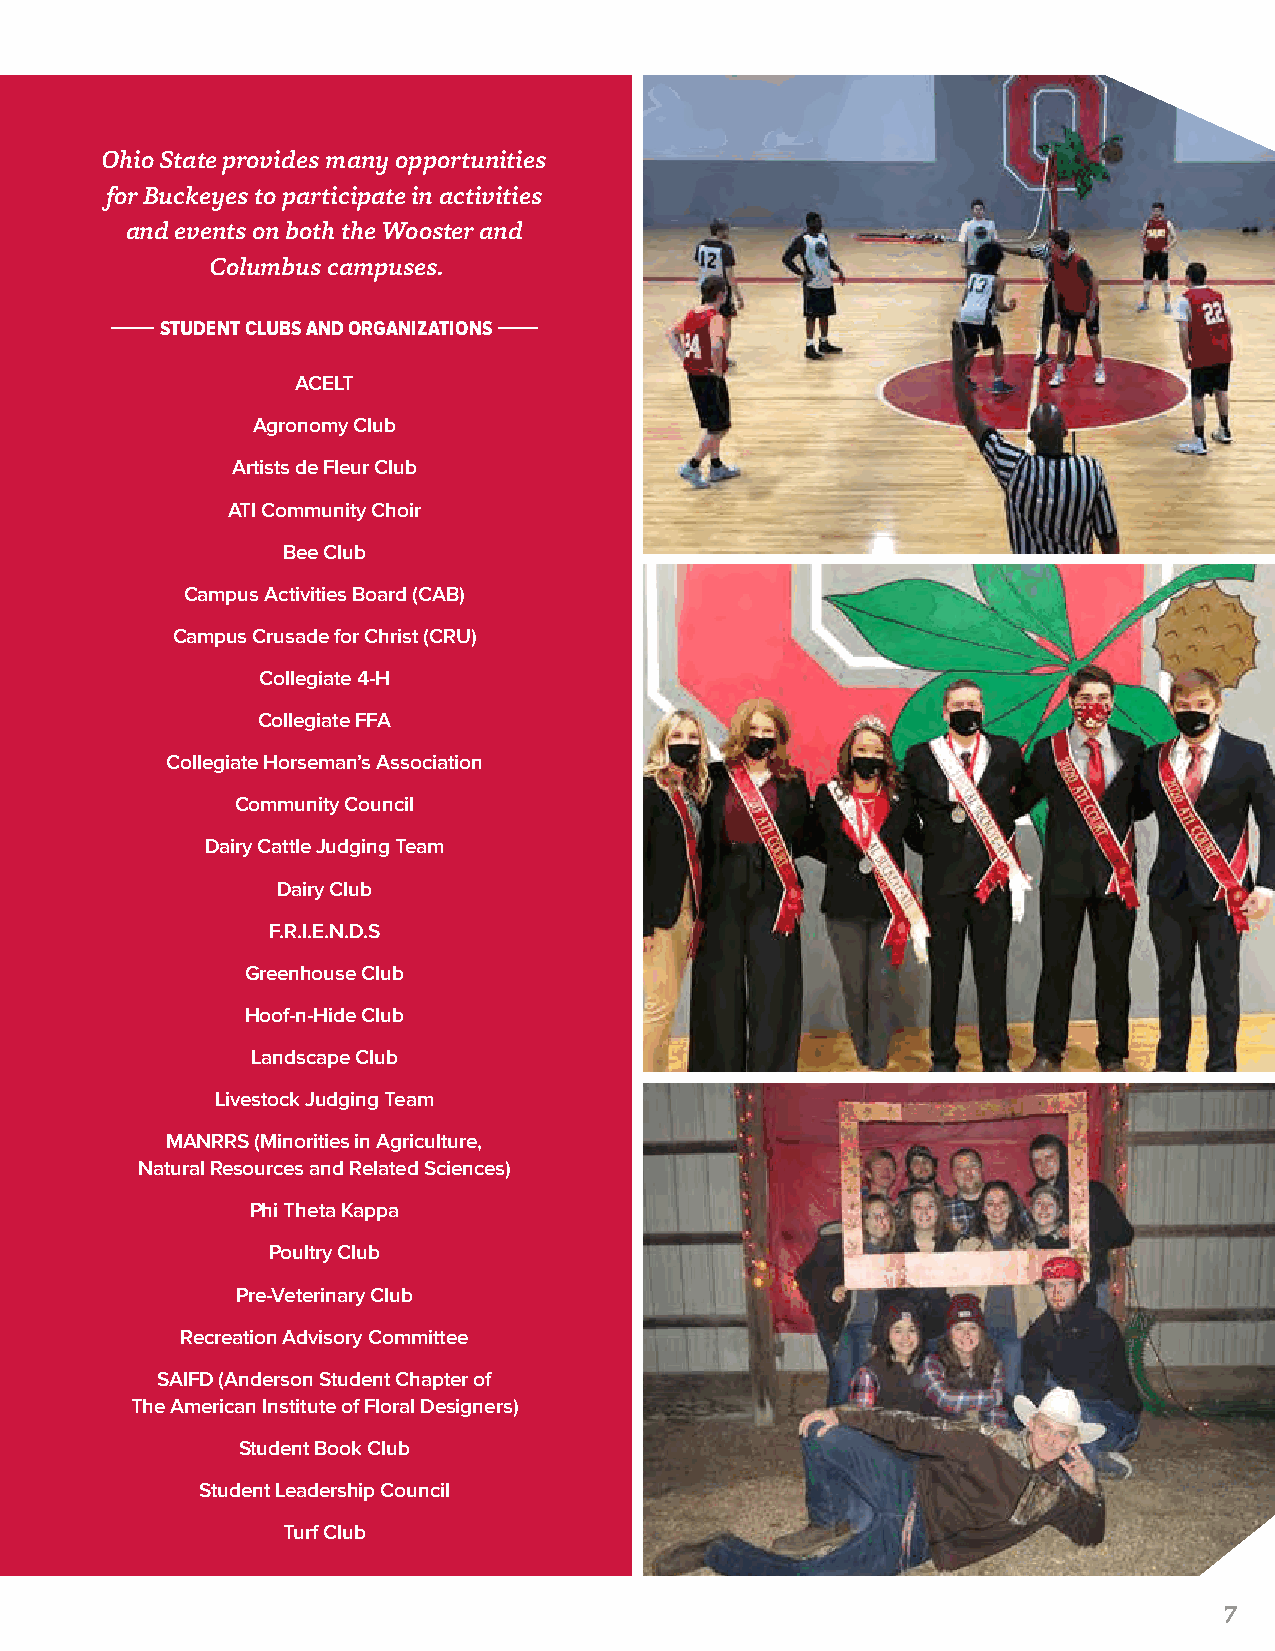
Ohio State provides many opportunities
 for Buckeyes to participate in activities
 and events on both the Wooster and
 Columbus campuses.
 STUDENT CLUBS AND ORGANIZATIONS
 ACELT
 Agronomy Club
 Artists de Fleur Club
 ATI Community Choir
 Bee Club
 Campus Activities Board (CAB)
 Campus Crusade for Christ (CRU)
 Collegiate 4-H
 Collegiate FFA
 Collegiate Horseman’s Association
 Community Council
 Dairy Cattle Judging Team
 Dairy Club
 F.R.I.E.N.D.S
 Greenhouse Club
 Hoof-n-Hide Club
 Landscape Club
 Livestock Judging Team
 MANRRS (Minorities in Agriculture,
 Natural Resources and Related Sciences)
 Phi Theta Kappa
 Poultry Club
 Pre-Veterinary Club
 Recreation Advisory Committee
 SAIFD (Anderson Student Chapter of
 The American Institute of Floral Designers)
 Student Book Club
 Student Leadership Council
 Turf Club
 7